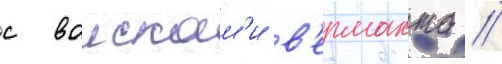
с воискам'и в'ермахта //